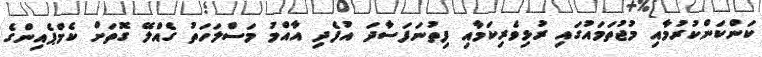
ކަންކަންކުރުމާއި މުޖުތަމައުގައި ރުޅިވެރިކަމާއި ފިތުނަފަސާދަ އުފެދި އާއްމު މަސްލަހަތު ގެއްލޭ ގޮތަށް ކެމްޕެއިންގެ